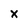
Character: x